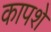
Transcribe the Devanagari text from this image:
कापशे